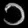
Digit: ၁